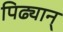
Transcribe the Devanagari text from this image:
पिढ्यान्‌